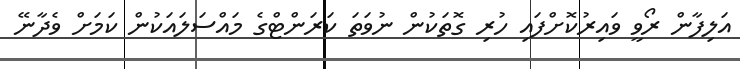
އަލިފާން ރޯވީ ވައިރުކޮށްފައި ހުރި ގޮތަކުން ނުވަތަ ކަރަންޓްގެ މައްސަލައަކުން ކަމަށް ވެދާނޭ